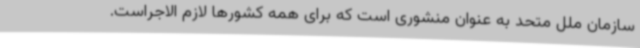
سازمان ملل متحد به عنوان منشوری است که برای همه کشورها لازم الاجراست.